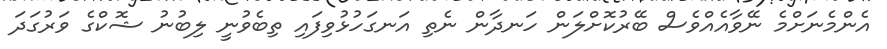
އެންމެނަށްމެ ނޭވާއެއްވެސް ބޭރުކޮށްލަން ހަނދާން ނެތި އަނގަހުޅުވިފައި ތިބެވުނީ ލިބުނު ޝޮކްގެ ވަރުގަދަ